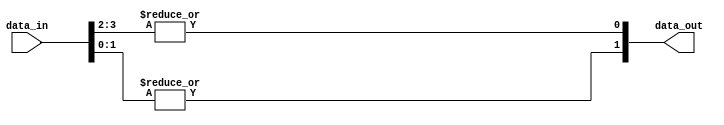
module encoder_4to2 (
    input [3:0] data_in,
    output [1:0] data_out
);

assign data_out[0] = |data_in[3:2];
assign data_out[1] = |data_in[1:0];

endmodule